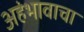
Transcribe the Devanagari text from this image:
अहंभावाचा